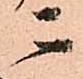
ニ